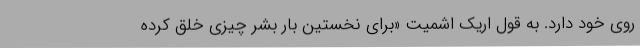
روی خود دارد. به قول اریک اشمیت «برای نخستین بار بشر چیزی خلق کرده